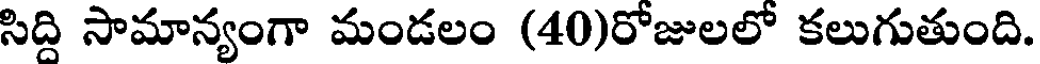
సిద్ది సామాన్యంగా మండలం (40)రోజులలో కలుగుతుంది.